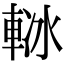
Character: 𨋲